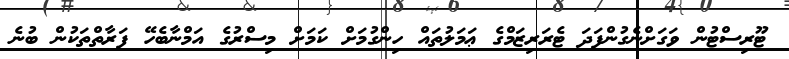
ޓޫރިސްޓުން ވަގަށްނެގުންފަދަ ޓެރަރިޒަމްގެ ޢަމަލުތައް ހިންގުމަށް ކަމަށް މިސްރުގެ އަމްނާބެހޭ ފަރާތްތަކުން ބުނެ